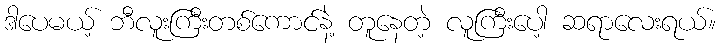
ဒါပေမယ့် ဘီလူးကြီးတစ်ကောင်နဲ့ တူနေတဲ့ လူကြီးပေါ့ ဆရာလေးရယ်။